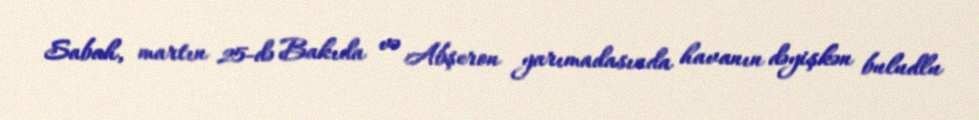
Sabah, martın 25-də Bakıda və Abşeron yarımadasında havanın dəyişkən buludlu